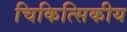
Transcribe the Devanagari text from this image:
चिकित्सिकीय